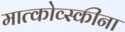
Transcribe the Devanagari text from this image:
मात्कोव्स्कीना